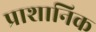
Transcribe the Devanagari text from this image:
प्राशानिक